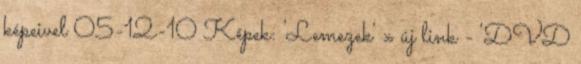
képeivel 05-12-10 Képek: 'Lemezek' » új link - 'DVD